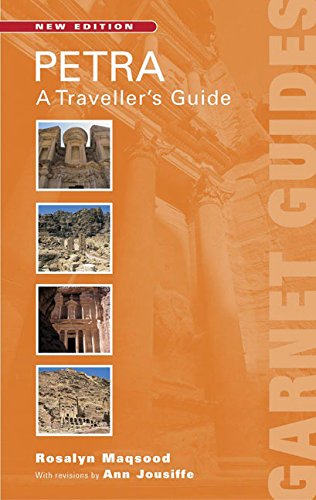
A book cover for Petra:  A Travelers Guide; Ann Jousiffe; Travel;